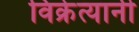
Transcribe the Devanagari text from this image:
विक्रेत्यानी